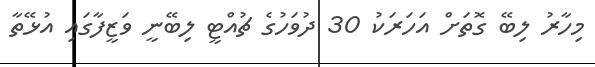
މިހާރު ލިބޭ ގޮތަށް އަހަރަކު 30 ދުވަހުގެ ޗުއްޓީ ލިބޭނީ ވަޒީފާގައި އުޅޭތާ